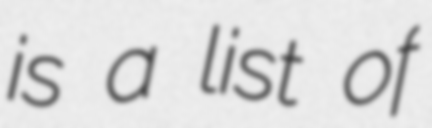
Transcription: is a list of